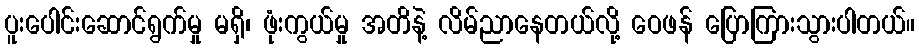
ပူးပေါင်းဆောင်ရွက်မှု မရှိ၊ ဖုံးကွယ်မှု အတိနဲ့ လိမ်ညာနေတယ်လို့ ဝေဖန် ပြောကြားသွားပါတယ်။